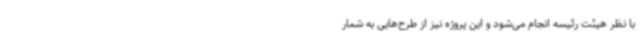
با نظر هیئت رئیسه انجام می‌شود و این پروژه نیز از طرح‌هایی به شمار